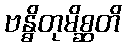
ဗန္ဓိတုမိစ္ဆတိ